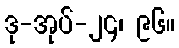
ဒု-အုပ်-၂၄၊ ၉၆။